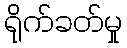
ရိုက်ခတ်မှု